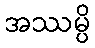
အဿမ္ပိ